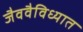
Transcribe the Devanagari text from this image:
जैववैविध्यात